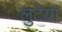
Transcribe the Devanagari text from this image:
लुटेया